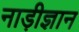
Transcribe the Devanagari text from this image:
नाड़ीज्ञान